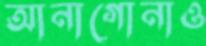
আনাগোনাও